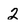
Character: 2